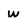
Character: w